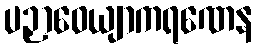
ပဉှာဝေယျာကရဏေန